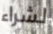
لشراء